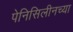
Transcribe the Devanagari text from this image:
पेनिसिलीनच्या